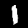
Digit: 1